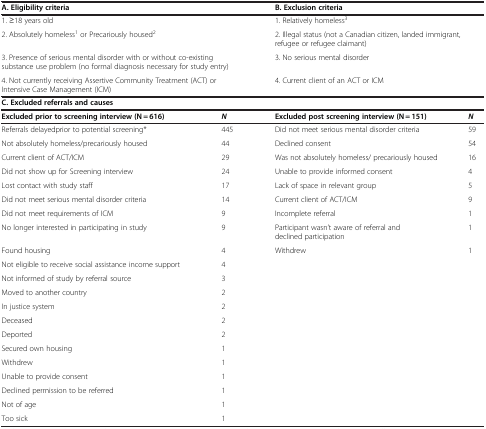
<table><thead><tr><td><b> </b></td><td><b> </b></td><td><b> </b></td><td><b> </b></td></tr></thead><tbody><tr><td colspan="2"><b>A. Eligibility criteria</b></td><td colspan="2"><b>B. Exclusion criteria</b></td></tr><tr><td colspan="2">1. ≥18 years old</td><td colspan="2">1. Relatively homeless<sup>3</sup></td></tr><tr><td colspan="2">2. Absolutely homeless<sup>1</sup> or Precariously housed<sup>2</sup></td><td colspan="2">2. Illegal status (not a Canadian citizen, landed immigrant, refugee or refugee claimant)</td></tr><tr><td colspan="2">3. Presence of serious mental disorder with or without co-existing substance use problem (no formal diagnosis necessary for study entry)</td><td colspan="2">3. No serious mental disorder</td></tr><tr><td colspan="2">4. Not currently receiving Assertive Community Treatment (ACT) or Intensive Case Management (ICM)</td><td colspan="2">4. Current client of an ACT or ICM</td></tr><tr><td colspan="4"><b>C. Excluded referrals and causes</b></td></tr><tr><td><b>Excluded prior to screening interview (N = 616)</b></td><td><b><i>N</i></b></td><td><b>Excluded post screening interview (N = 151)</b></td><td><b><i>N</i></b></td></tr><tr><td>Referrals delayedprior to potential screening*</td><td>445</td><td>Did not meet serious mental disorder criteria</td><td>59</td></tr><tr><td>Not absolutely homeless/precariously housed</td><td>44</td><td>Declined consent</td><td>54</td></tr><tr><td>Current client of ACT/ICM</td><td>29</td><td>Was not absolutely homeless/ precariously housed</td><td>16</td></tr><tr><td>Did not show up for Screening interview</td><td>24</td><td>Unable to provide informed consent</td><td>4</td></tr><tr><td>Lost contact with study staff</td><td>17</td><td>Lack of space in relevant group</td><td>5</td></tr><tr><td>Did not meet serious mental disorder criteria</td><td>14</td><td>Current client of ACT/ICM</td><td>9</td></tr><tr><td>Did not meet requirements of ICM</td><td>9</td><td>Incomplete referral</td><td>1</td></tr><tr><td>No longer interested in participating in study</td><td>9</td><td>Participant wasn’t aware of referral and declined participation</td><td>1</td></tr><tr><td>Found housing</td><td>4</td><td>Withdrew</td><td>1</td></tr><tr><td>Not eligible to receive social assistance income support</td><td>4</td><td> </td><td> </td></tr><tr><td>Not informed of study by referral source</td><td>3</td><td> </td><td> </td></tr><tr><td>Moved to another country</td><td>2</td><td> </td><td> </td></tr><tr><td>In justice system</td><td>2</td><td> </td><td> </td></tr><tr><td>Deceased</td><td>2</td><td> </td><td> </td></tr><tr><td>Deported</td><td>2</td><td> </td><td> </td></tr><tr><td>Secured own housing</td><td>1</td><td> </td><td> </td></tr><tr><td>Withdrew</td><td>1</td><td> </td><td> </td></tr><tr><td>Unable to provide consent</td><td>1</td><td> </td><td> </td></tr><tr><td>Declined permission to be referred</td><td>1</td><td> </td><td> </td></tr><tr><td>Not of age</td><td>1</td><td> </td><td> </td></tr><tr><td>Too sick</td><td>1</td><td> </td><td> </td></tr></tbody></table>